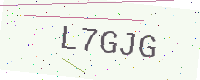
Text: L7GJG